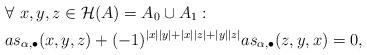
LaTeX: \begin{align*}&\forall \ x, y, z\in\mathcal{H}(A)=A_0\cup A_1: \\& as_{\alpha,\bullet}(x, y, z)+(-1)^{|x||y|+|x||z|+|y||z|}as_{\alpha,\bullet}(z, y, x)=0, \end{align*}